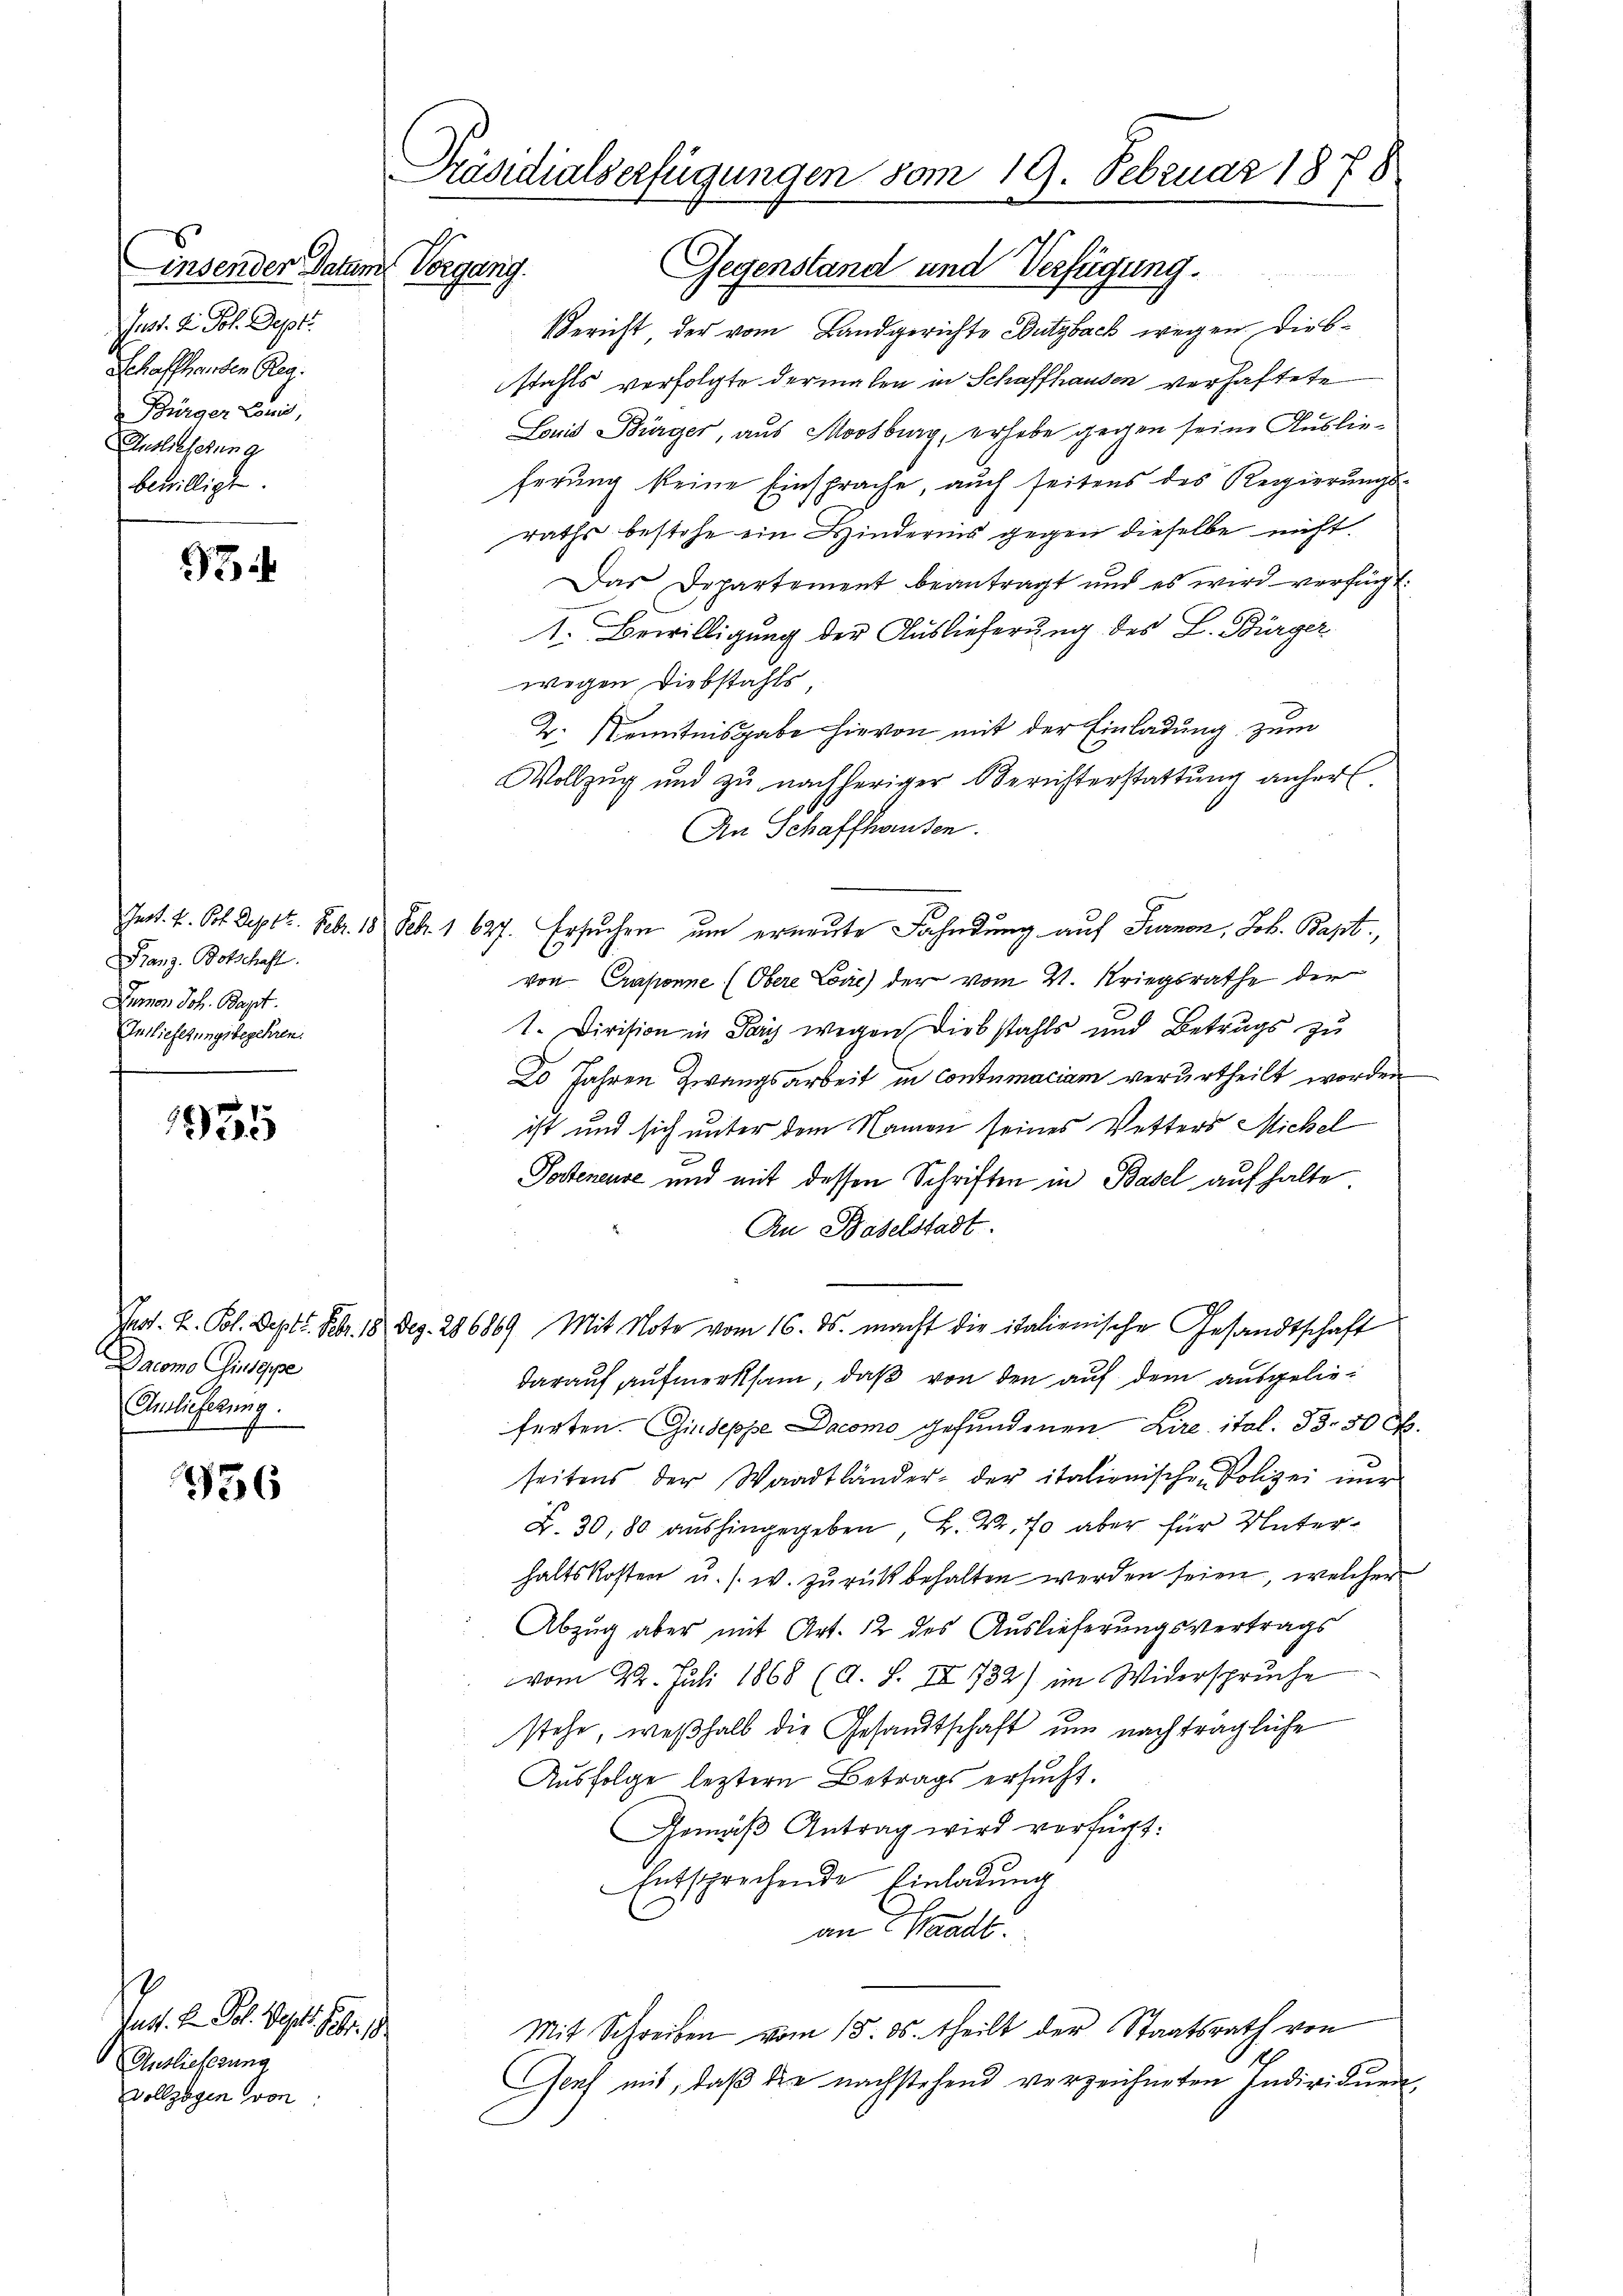
insender Datum Vorgang.
ust. die Joh. Sept.
Schaffhanden Reg.
Bürger Loni,
Auslieferung
bewilligt.

93

anz. Botschaft.
Limon Joh. Bapt.
Inslieferungsbegehren.

1935

Dacomo Giuseppe
Auslieferung.

736

Jat. v. Sal. Sept. 19. d.
Auslieferung
Vollzogen von

Präsidialserfügungen vom 19. Februar 1878
Gegenstand und Verfügung.

Bericht der vom Landgerichte Butzback wegen diesstahls verfolgte dermalen in Schaffhausen verhaftete
Louis Bürger, aus Moosburg, erhabe gegen seine Auslieherung keine Einsprache, auch seitens des Regierungs-
raths bestehe ein Hindernis gegen dieselbe nicht.
Das Departement beantragt und es wird verfügt:
1. Bewilligung der Auslieferung des L. Bürger
wegen Diebstahls,
V. Kenntnisgabe hievon mit der Einladung zum
Wollzug und zu nachheriger Berichterstattung anher
An Schaffhausen.
Jnot. V. Pol Sept. Febr. 18 Feb. 1 627. Ersuchen um erneute Fahndung auf Turnon, Job. Bapt,
von Craponne (Obere Loie) der vom V. Kriegsrathe der
1. Division in Dans wegen Diebstahls und Betrags zu
20 Jahren Zwangsarbeit in Contumaciam verurtheilt worden
ist und sich unter dem Namen seines Vetters Michel
Poteneure und mit dessen Schriften in Basel auf halte.
An Baselstadt.
Fnot. L. Pol. Dept. Febr. 18 Dez. 286869 Mit Note vom 16. ds. macht die italienische Gesandtschaft
darauf aufmerksam, daß von den auf dem ausgelieferten. Giuseppe Dacomo gefundenen Lire ital. 33. 50 l.
seitens der Waadtländer- der italienischen Polizei nur
K. 30, 80 aushingegeben, H. Nr. 70 aber für Unterhaltskosten u. s. w. zŭrückbehalten werden seien, welcher
Abzug aber mit Art. 12 des Auslieferungsvertrags
vom 22. Juli 1868 (d. S. IV 732) im Widerspruche
stehe, weßhalb die Gesandtschaft um nachträgliche
Ausfolge leztern Betrags ersucht.
Gemäß Antrag wird verfügt:
Entsprechende Einladung
an Waadt.
Mit Schreiben vom 15. ds. theilt der Staatsrath von
Genf mit, daß die nachstehend verzeichneten Individuen,